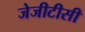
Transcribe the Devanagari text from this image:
जेजीटीसी